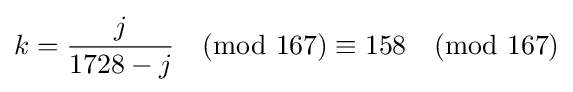
k={\frac {j}{1728-j}}{\pmod {167}}\equiv 158{\pmod {167}}